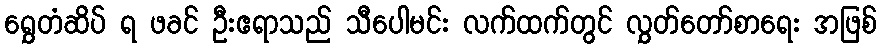
ရွှေတံဆိပ် ရ ဖခင် ဦးဧရာသည် သီပေါမင်း လက်ထက်တွင် လွှတ်တော်စာရေး အဖြစ်